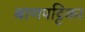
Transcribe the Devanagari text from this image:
बाणपट्टिका